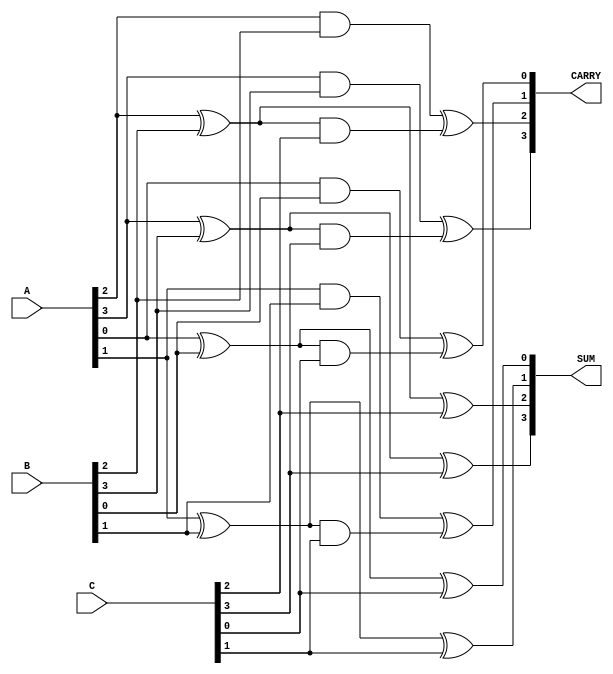
module carry_save_adder #(
    parameter WIDTH = 4
) (
    input  [WIDTH-1:0] A,
    input  [WIDTH-1:0] B,
    input  [WIDTH-1:0] C,
    output [WIDTH-1:0] SUM,
    output [WIDTH-1:0] CARRY
);

    wire [WIDTH-1:0] S0, S1, C0, C1;

    // First stage of CSA
    genvar i;
    generate
        for(i = 0; i < WIDTH; i = i + 1) begin : CSA_STAGE
            // Full adder for two inputs A and B
            assign S0[i] = A[i] ^ B[i];
            assign C0[i] = A[i] & B[i];

            // Full adder for S0 and C
            assign S1[i] = S0[i] ^ C[i];
            assign C1[i] = S0[i] & C[i];

            // Calculate final carry and sum output
            assign SUM[i] = S1[i];
            assign CARRY[i] = C0[i] ^ C1[i];
        end
    endgenerate
endmodule